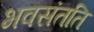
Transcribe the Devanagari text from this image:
भवसंतति